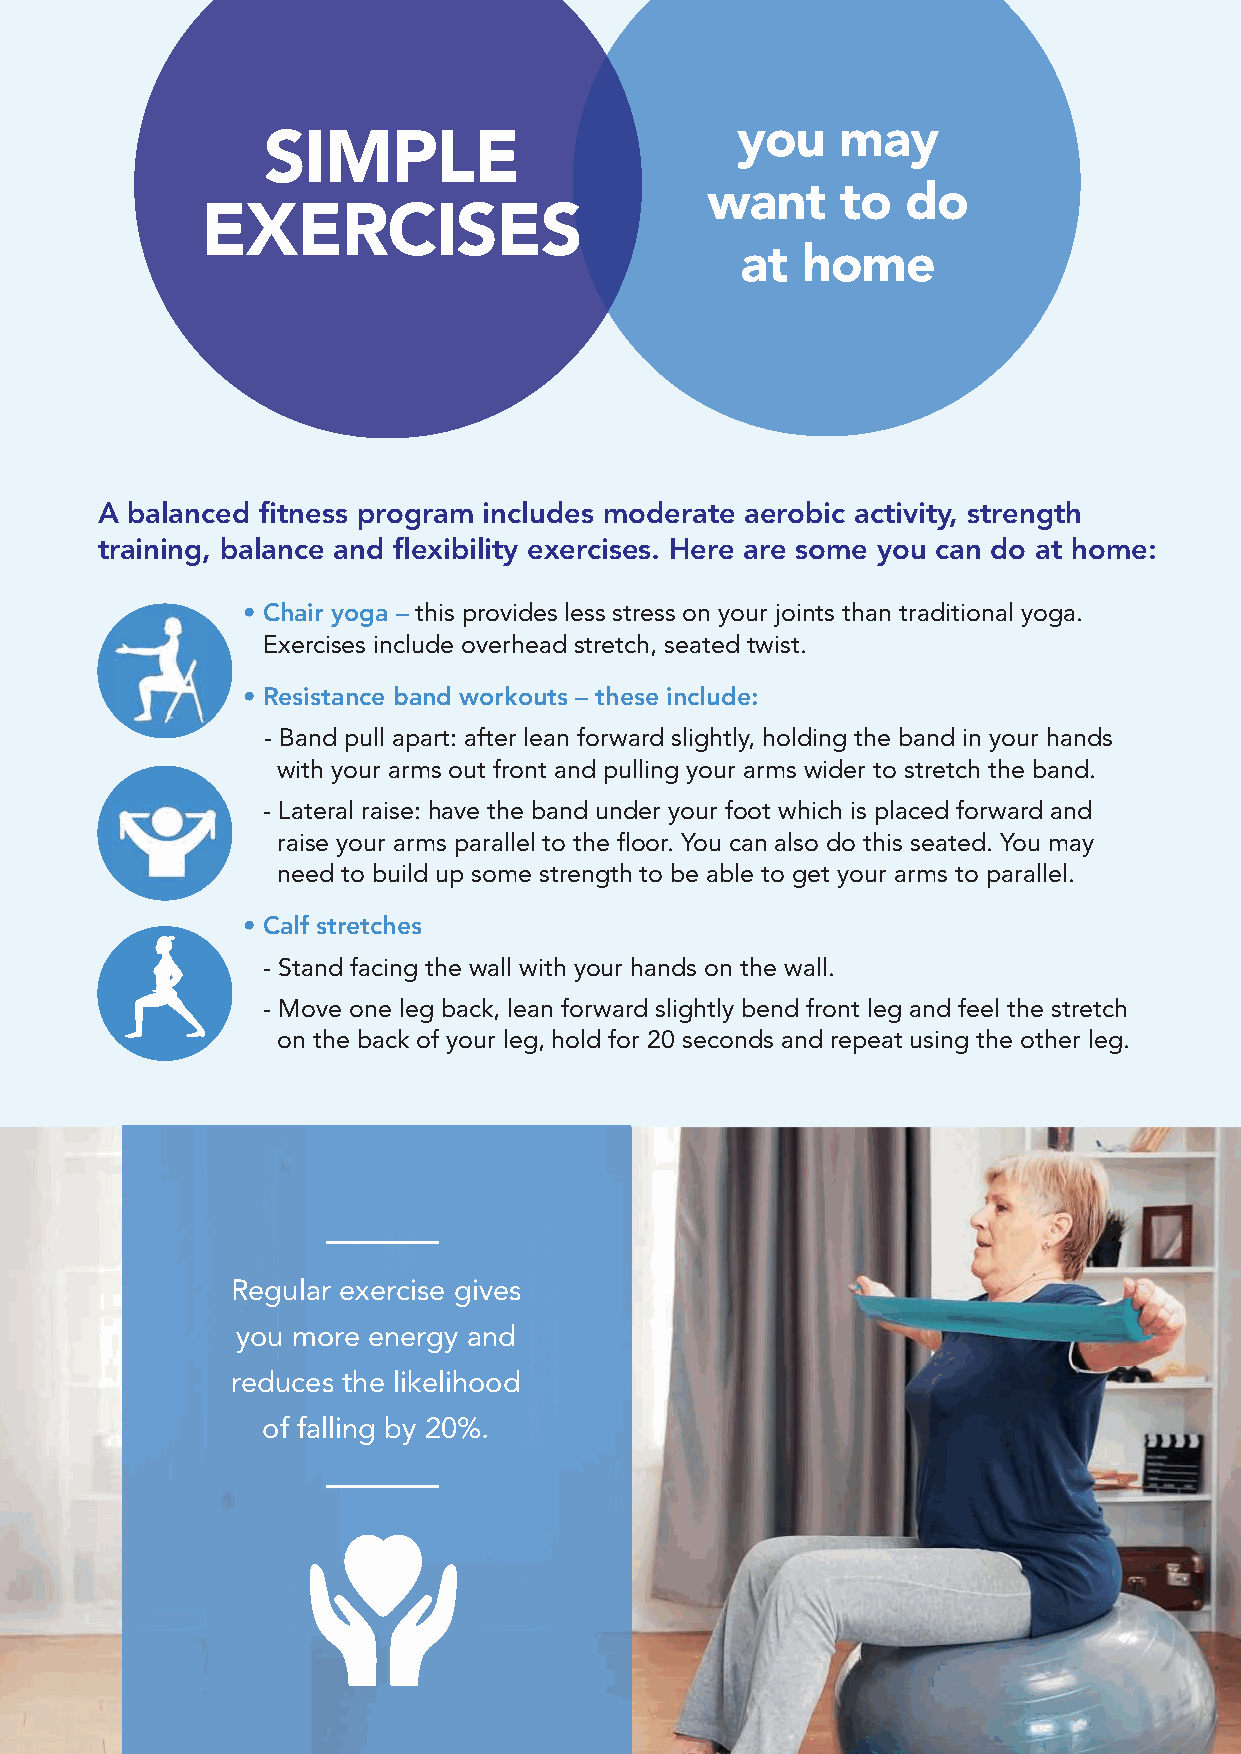
you    may
 SIMPLE
 want     to  do
 EXERCISES
 at  home
 A balanced fitness program includes moderate aerobic activity, strength
 training, balance and flexibility exercises. Here are some you can do at home:
 • Chair yoga – this provides less stress on your joints than traditional yoga.
 Exercises include overhead stretch, seated twist.
 • Resistance band workouts – these include:
 - Band pull apart: after lean forward slightly, holding the band in your hands
 with your arms out front and pulling your arms wider to stretch the band.
 - Lateral raise: have the band under your foot which is placed forward and
 raise your arms parallel to the floor. You can also do this seated. You may
 need to build up some strength to be able to get your arms to parallel.
 • Calf stretches
 - Stand facing the wall with your hands on the wall.
 - Move one leg back, lean forward slightly bend front leg and feel the stretch
 on the back of your leg, hold for 20 seconds and repeat using the other leg.
 Regular exercise gives
 you more energy and
 reduces the likelihood
 of falling by 20%.